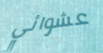
عشوائي